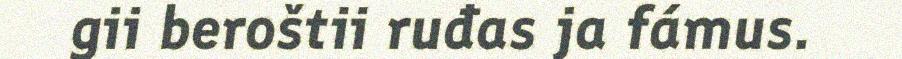
gii beroštii ruđas ja fámus.